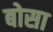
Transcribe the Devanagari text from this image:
बोसा